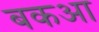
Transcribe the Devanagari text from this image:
बकआ